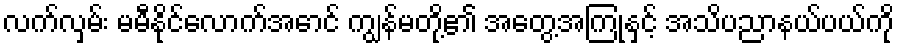
လက်လှမ်း မမီနိုင်လောက်အောင် ကျွန်မတို့၏ အတွေ့အကြုံနှင့် အသိပညာနယ်ပယ်ကို